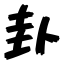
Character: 卦